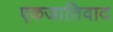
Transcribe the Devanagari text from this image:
एकजातिवाद